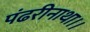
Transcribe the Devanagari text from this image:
पंढरीनाथा।।